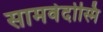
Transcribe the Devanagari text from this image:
सामवेदोस्मि